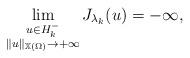
LaTeX: \begin{align*} \lim_{ \substack{u \in H^{-}_{k} \\ \| u\|_{\mathbb{X}(\Omega)} \to + \infty} } J_{\lambda_k} (u)= -\infty, \end{align*}